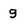
Character: g